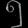
Digit: ၅